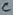
Text: C